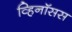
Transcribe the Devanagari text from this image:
व्हिनॉसस